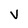
Character: v